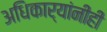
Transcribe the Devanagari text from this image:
अधिकार्‍यांनीही